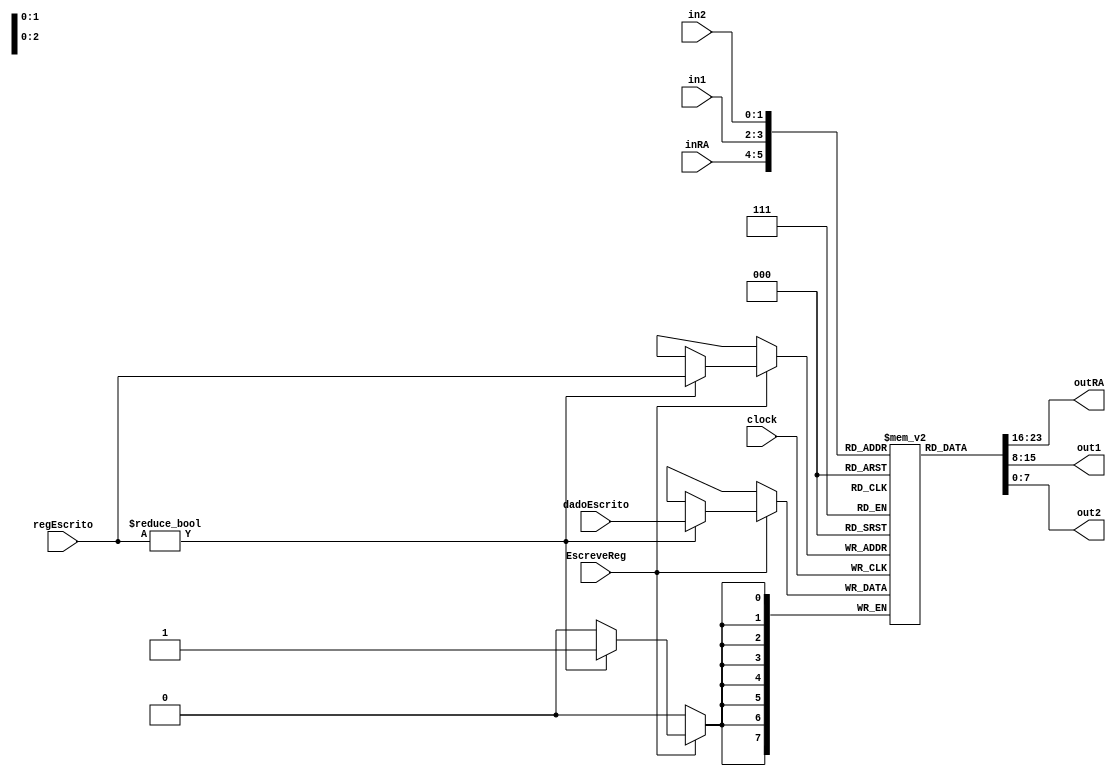
// Banco de Registradores
// Lucas Santos Rodrigues
// Vinicius Ferreira Pinheiro

module BancoRegis (
    EscreveReg,
    clock,
    inRA,
    in1,
    in2,
    regEscrito,
    dadoEscrito,
    outRA,
    out1,
    out2
);

  input wire EscreveReg;
  input wire [1:0] inRA;
  input wire [1:0] in1;
  input wire [1:0] in2;
  input wire [1:0] regEscrito;
  input wire [7:0] dadoEscrito;
  input wire clock;

  output wire [7:0] outRA;
  output wire [7:0] out1;
  output wire [7:0] out2;

  reg [7:0] registradores [3:0]; 

  initial begin
    registradores[0] = 0; // $zero
    registradores[1] = 0;
    registradores[2] = 0;
    registradores[3] = 0;
  end

  always @(posedge clock) begin  // Escrita
    if (EscreveReg) begin
      if (regEscrito != 0) begin
      registradores[regEscrito] = dadoEscrito;
      end
    end
  end

  assign outRA = registradores[inRA];
  assign out1 = registradores[in1];
  assign out2 = registradores[in2];

endmodule